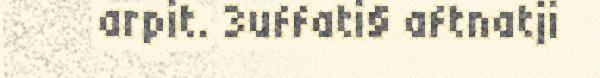
arpit. 3uffati§ aftnatji